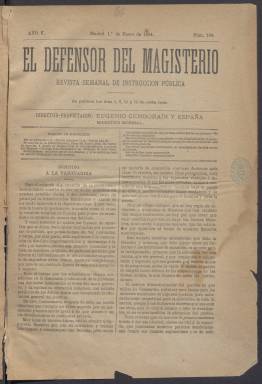
Título: El Defensor del magisterio
Colección: Educación
Ámbito geográfico: Madrid
Lugar de publicación: Madrid
Fechas: 01/01/1884-16/03/1891